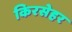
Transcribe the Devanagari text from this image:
किरसेहर